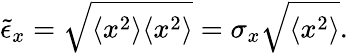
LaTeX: \tilde{\epsilon}_{x}=\sqrt{\langle x^{2}\rangle\langle x^{2}\rangle}=\sigma_{x}\sqrt{\langle x^{2}\rangle}.